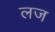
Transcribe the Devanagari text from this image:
लज